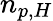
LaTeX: n_{p,H}